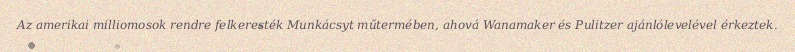
Az amerikai milliomosok rendre felkeresték Munkácsyt műtermében, ahová Wanamaker és Pulitzer ajánlólevelével érkeztek.